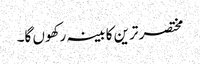
مختصر ترین کابینہ رکھوں گا۔